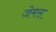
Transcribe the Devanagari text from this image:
जेमस